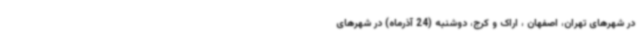
در شهرهای تهران، اصفهان ، اراک و کرج، دوشنبه (24 آذرماه) در شهرهای